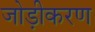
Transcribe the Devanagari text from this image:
जोड़ीकरण